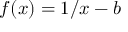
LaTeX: f ( x ) = 1 / x - b